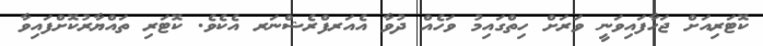
ކޮޓަރިއަށް ޖަހާފައިވަނީ ވަރަށް ހިތްގައިމު ވަހެއް ދުވާ އެއަރފްރެޝްނަރ އެކެވެ. ކޮޓަރި ތައްޔާރުކޮށްފައިވާ